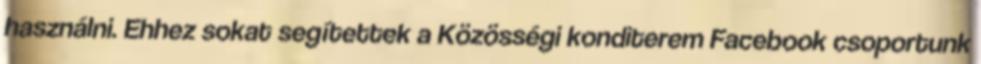
használni. Ehhez sokat segítettek a Közösségi konditerem Facebook csoportunk